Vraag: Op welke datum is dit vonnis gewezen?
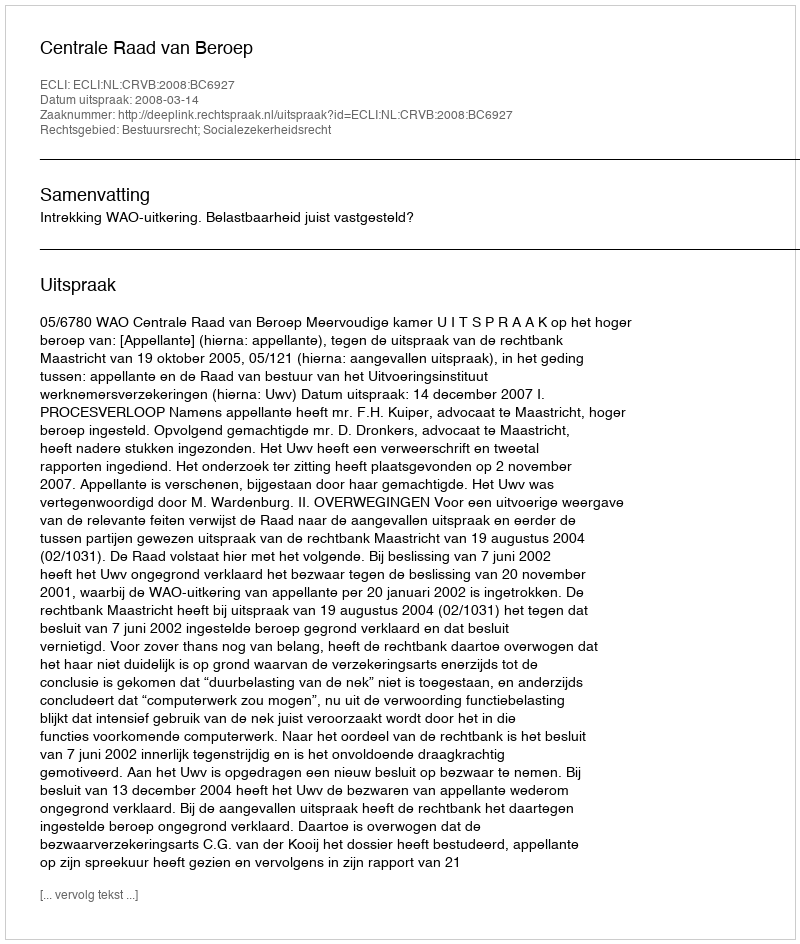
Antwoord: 2008-03-14